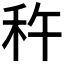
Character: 𫀩